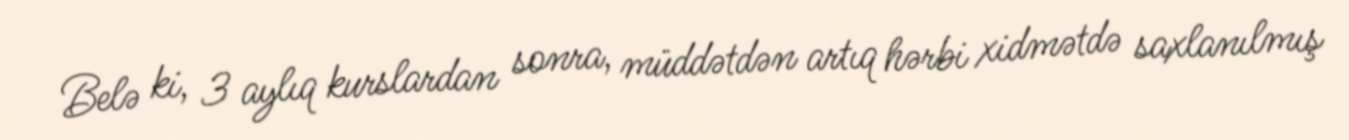
Belə ki, 3 aylıq kurslardan sonra, müddətdən artıq hərbi xidmətdə saxlanılmış